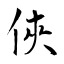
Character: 俠